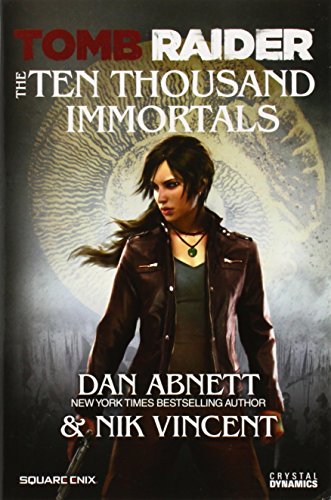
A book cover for Tomb Raider: The Ten Thousand Immortals; Dan Abnett; Literature & Fiction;